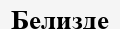
Белизде